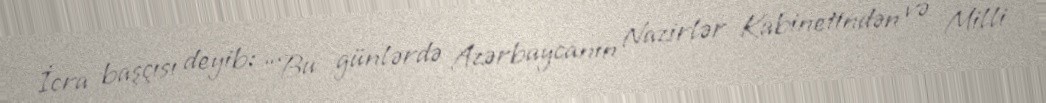
İcra başçısı deyib: “Bu günlərdə Azərbaycanın Nazirlər Kabinetindən və Milli